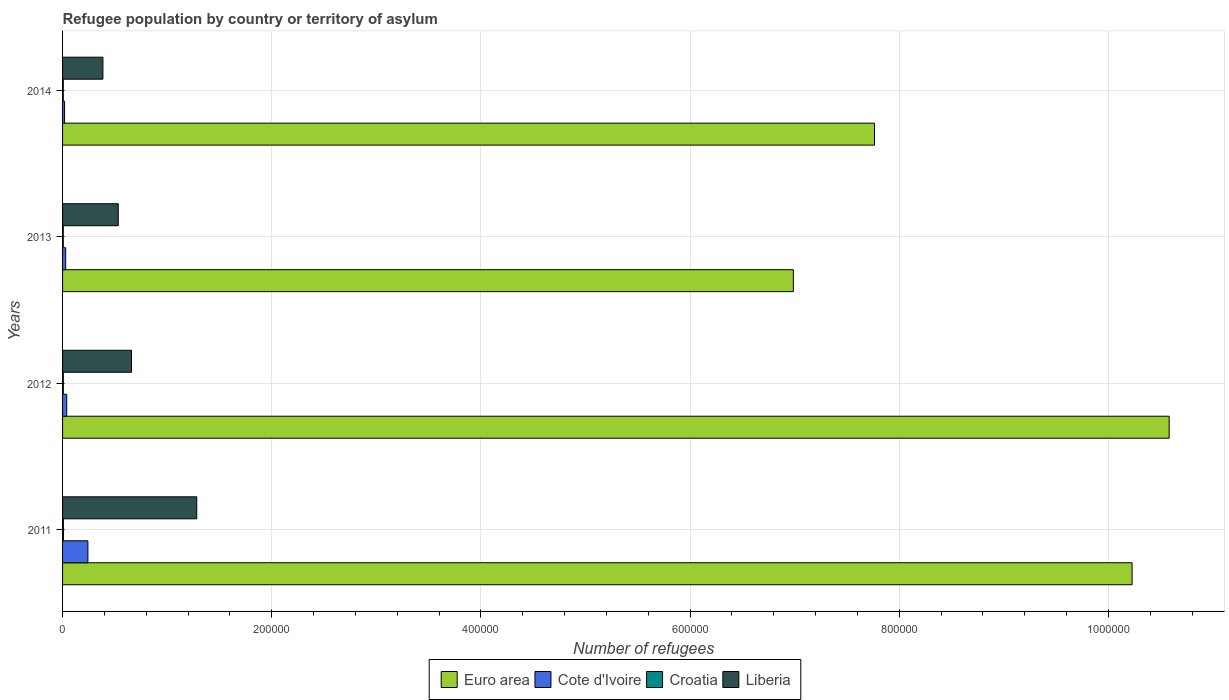
| Years | Euro area | Cote d'Ivoire | Croatia | Liberia |
 | --- | --- | --- | --- | --- |
 | 2011 | 1.02e+06 | 2.42e+04 | 824 | 1.28e+05 |
 | 2012 | 1.06e+06 | 3.98e+03 | 724 | 6.59e+04 |
 | 2013 | 6.99e+05 | 2.98e+03 | 684 | 5.33e+04 |
 | 2014 | 7.76e+05 | 1.92e+03 | 679 | 3.86e+04 |